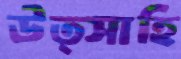
উত্সাহি